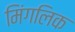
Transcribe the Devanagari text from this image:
मिंगलिक